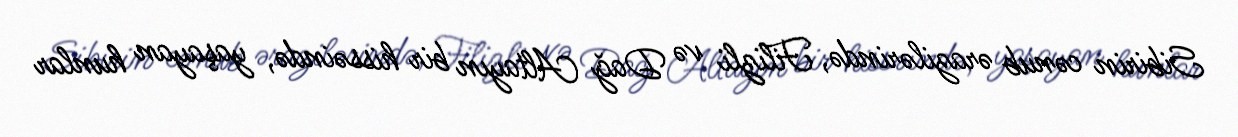
Sibirin cənub ərazilərində, Filizli və Dağ Altayın bir hissəində, yaşayan hunlar